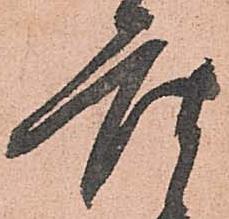
座